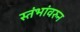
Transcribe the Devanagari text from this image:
स्तंभांवरुन